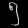
Digit: ၅